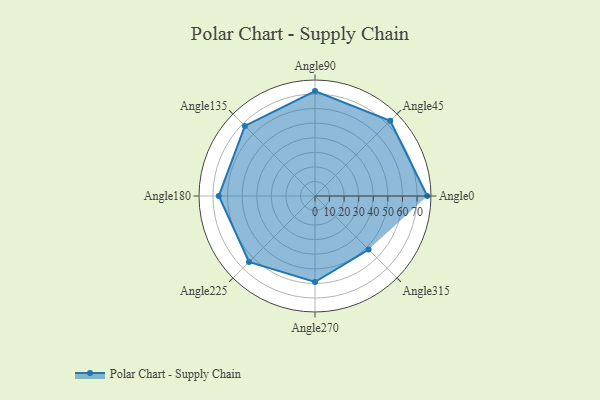
{"axis": {"x": "Angle", "y": "Radius"}, "legend": [""], "data": [{"x": "Angle0", "y": 77.0, "type": ""}, {"x": "Angle45", "y": 73.0, "type": ""}, {"x": "Angle90", "y": 72.0, "type": ""}, {"x": "Angle135", "y": 68.0, "type": ""}, {"x": "Angle180", "y": 66.0, "type": ""}, {"x": "Angle225", "y": 64.0, "type": ""}, {"x": "Angle270", "y": 59.0, "type": ""}, {"x": "Angle315", "y": 52.0, "type": ""}]}